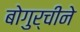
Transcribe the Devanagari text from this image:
बोगुर्चीने